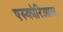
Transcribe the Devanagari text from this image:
एस्कोरिआल